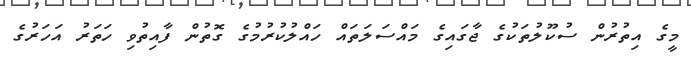
މީގެ އިތުރުން ސުކޫލުތަކުގެ ޖާގައިގެ މައްސަލަތައް ހައްލުކުރުމުގެ ގޮތުން ފާއިތުވި ހަތަރު އަހަރުގެ